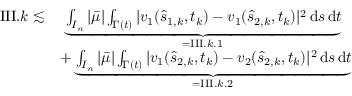
\begin{array} { r l } { \mathrm { I I I } . k \lesssim } & { \; \underbrace { \int _ { I _ { n } } | \bar { \mu } | \int _ { \Gamma ( t ) } | v _ { 1 } ( \hat { s } _ { 1 , k } , t _ { k } ) - v _ { 1 } ( \hat { s } _ { 2 , k } , t _ { k } ) | ^ { 2 } \, \mathrm { d } s \, \mathrm { d } t } _ { = \mathrm { I I I } . k . 1 } } \\ & { + \underbrace { \int _ { I _ { n } } | \bar { \mu } | \int _ { \Gamma ( t ) } | v _ { 1 } ( \hat { s } _ { 2 , k } , t _ { k } ) - v _ { 2 } ( \hat { s } _ { 2 , k } , t _ { k } ) | ^ { 2 } \, \mathrm { d } s \, \mathrm { d } t } _ { = \mathrm { I I I } . k . 2 } } \end{array}